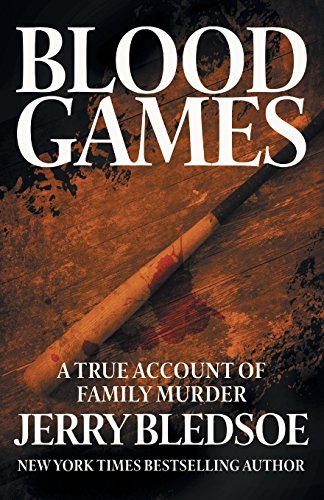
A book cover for Blood Games: A True Account of Family Murder; Jerry Bledsoe; Biographies & Memoirs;